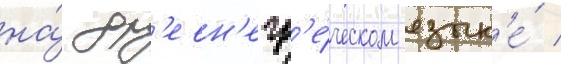
на́ др'евн'егр'е́ческом язык'е́ /